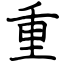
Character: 重